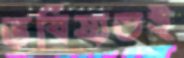
ভবিষ্যতই